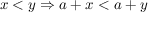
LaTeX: x < y \Rightarrow a + x < a + y